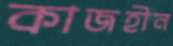
কাজহীন